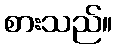
စားသည်။